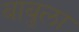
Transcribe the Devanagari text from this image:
बाबुला